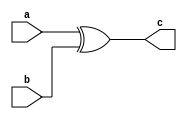
`timescale 1ns / 1ps
//////////////////////////////////////////////////////////////////////////////////
// Company: 
// Engineer: 
// 
// Design Name: 
// Module Name: xorgate
// Project Name: 
// Target Devices: 
// Tool Versions: 
// Description: 
// 
// Dependencies: 
// 
// Revision:
// Revision 0.01 - File Created
// Additional Comments:
// 
//////////////////////////////////////////////////////////////////////////////////


module xorgate
#(parameter WIDTH = 8)
(
    input [(WIDTH-1):0] a,
    input [(WIDTH-1):0] b,
    output  [(WIDTH-1):0] c
    );
    
    assign c = a ^ b ;//two input andgate

endmodule